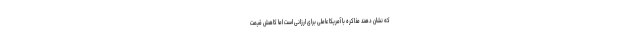
که نشان دهند مذاکره با آمریکا عاملی برای ارزانی است اما کاهش قیمت